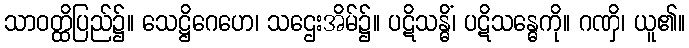
သာဝတ္ထိပြည်၌။ သေဋ္ဌိဂေဟေ၊ သဌေးအိမ်၌။ ပဋိသန္ဓိံ၊ ပဋိသန္ဓေကို။ ဂဏှိ၊ ယူ၏။